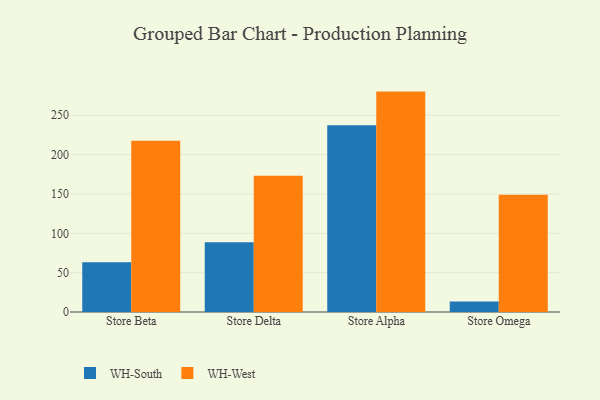
{"axis": {"x": "Store", "y": "Waste Production (Tons)"}, "legend": ["WH-South", "WH-West"], "data": [{"x": "Store Beta", "y": 63.2, "type": "WH-South"}, {"x": "Store Beta", "y": 217.5, "type": "WH-West"}, {"x": "Store Delta", "y": 88.8, "type": "WH-South"}, {"x": "Store Delta", "y": 173.1, "type": "WH-West"}, {"x": "Store Alpha", "y": 237.2, "type": "WH-South"}, {"x": "Store Alpha", "y": 280.1, "type": "WH-West"}, {"x": "Store Omega", "y": 13.4, "type": "WH-South"}, {"x": "Store Omega", "y": 149.1, "type": "WH-West"}]}